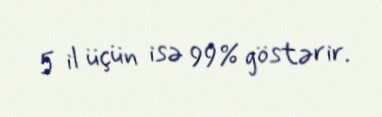
5 il üçün isə 99% göstərir.